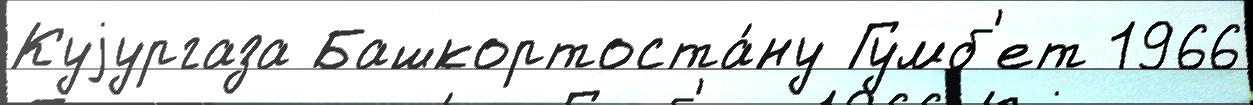
Куjургаза Башкортоста́ну Гумб'ет 1966